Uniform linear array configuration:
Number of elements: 64
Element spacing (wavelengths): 0.25
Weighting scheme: binomial
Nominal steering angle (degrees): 60
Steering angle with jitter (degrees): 61.601
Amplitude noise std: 0.05
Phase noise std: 0.05

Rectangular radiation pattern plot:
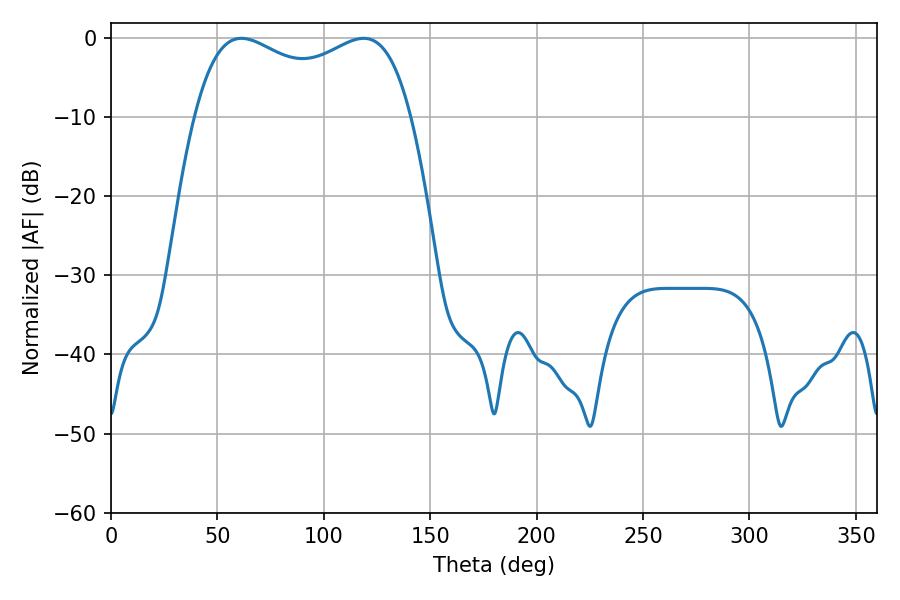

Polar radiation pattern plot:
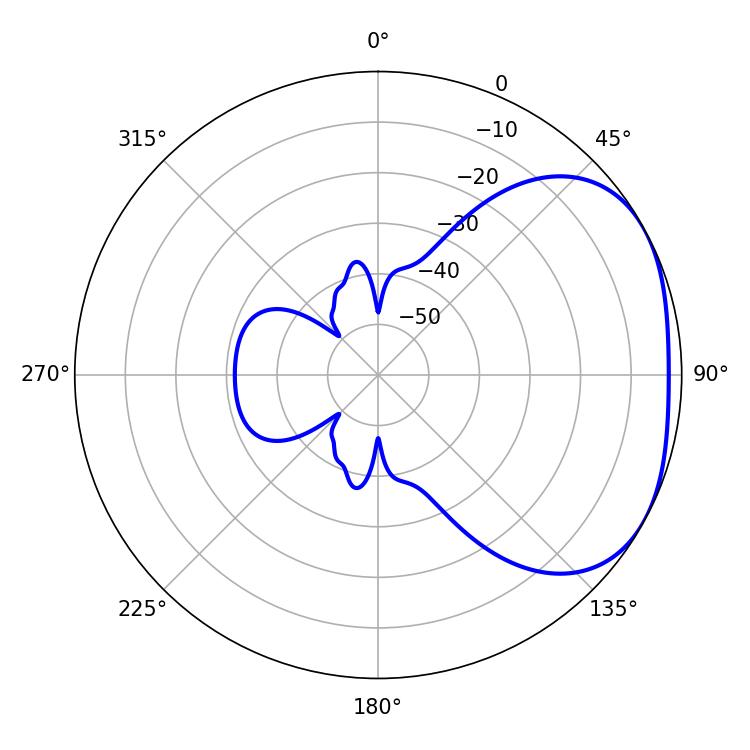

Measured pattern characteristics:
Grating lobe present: FALSE
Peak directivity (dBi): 2.625
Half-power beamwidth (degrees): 83.88
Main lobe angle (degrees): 61.2